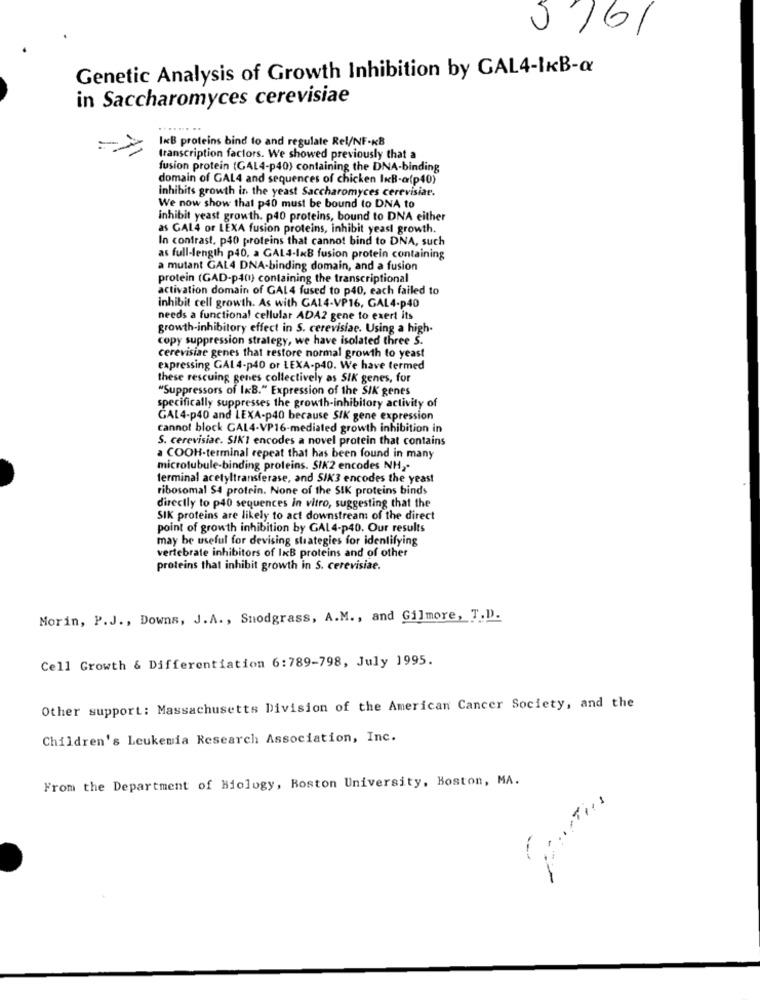
5761
Genetic Analysis of Growth Inhibition by GAL4-1KB-a
in Saccharomyces cerevisiae
InB proteins bind to and regulate Rel/NF-KB
transcription factors. We showed previously that a
fusion protein (GAL4-p40) containing the DNA-binding
domain of GAL4 and sequences of chicken InB-a(p40)
inhibits growth in the yeast Saccharomyces cerevisiat.
We now show that p40 must be bound to DNA to
inhibit yeast growth. p40 proteins, bound to DNA either
as GAL4 or LEXA fusion proteins, inhibit yeast growth.
In contrast, p40 proteins that cannot bind to DNA, such
as full-length p40, a GAL4-1x8 fusion protein containing
a mutant GAL4 DNA-binding domain, and a fusion
protein (GAD-p40) containing the transcriptional
activation domain of GAL4 fused to p40, each failed to
inhibit cell growth. As with GA14-VP16, GAL4-p40
needs a functional cellular ADA2 gene to exert its
growth-inhibitory effect in S. cerevisiae. Using a high-
copy suppression strategy, we have isolated three S.
cerevisiae genes that restore normal growth to yeast
expressing GAL 4-p40 or LEXA-p40. We have termed
these rescuing genes collectively as SIK genes, for
"Suppressors of IKB." Expression of the SIK genes
specifically suppresses the growth-inhibitory activity of
GAL4-p40 and LEXA-p40 because SIK gene expression
cannot block GAL4-VP16-mediated growth inhibition in
S. cerevisiac. SIK1 encodes a novel protein that contains
a COOH-terminal repeat that has been found in many
microtubule-binding proteins. SIK2 encodes NH ,-
terminal acetyltransferase, and SIK3 encodes the yeast
ribosomal $4 protein. None of the SIK proteins binds
directly to p40 sequences in vitro, suggesting that the
SIK proteins are likely to act downstream of the direct
point of growth inhibition by GAL4-p40. Our results
may be useful for devising strategies for identifying
vertebrate inhibitors of IxB proteins and of other
proteins that inhibit growth in S. cerevisiae.
Morin, P.J ., Downs, J. A. , Snodgrass, A.M ., and Gilmore, T.D.
Cell Growth & Differentiation 6:789-798, July 1995.
Other support: Massachusetts Division of the American Cancer Society, and the
Children's Leukemia Research Association, Inc.
From the Department of Biology, Boston University, Boston, MA.